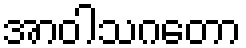
အာဝါသဂတော